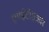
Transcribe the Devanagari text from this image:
एमईटीएआर